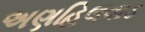
અણહિલવાડ